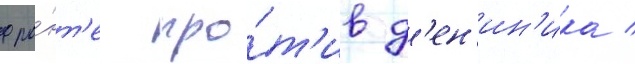
фро́нт'е про́т'ив д'ен'ин'ика /